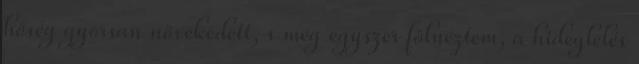
hőség gyorsan növekedett, s még egyszer fölnéztem, a hideglelés